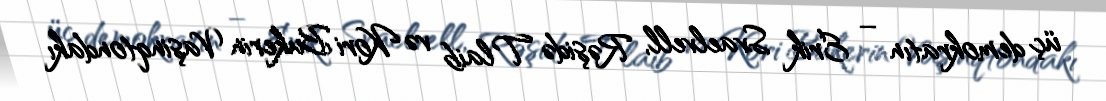
üç demokratın – Erik Svaelvell, Rəşidə Tlaib və Kori Bukerin Vaşinqtondakı